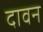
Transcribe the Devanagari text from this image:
दावन